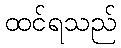
ထင်ရသည်